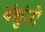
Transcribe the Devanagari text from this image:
बंधुंनी